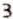
3